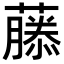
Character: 𬞳